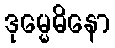
ဒုမ္မေဓိနော